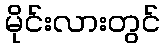
မိုင်းလားတွင်